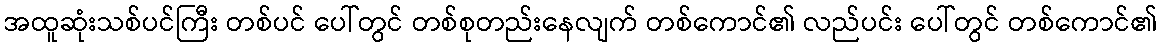
အထူဆုံးသစ်ပင်ကြီး တစ်ပင် ပေါ်တွင် တစ်စုတည်းနေလျက် တစ်ကောင်၏ လည်ပင်း ပေါ်တွင် တစ်ကောင်၏